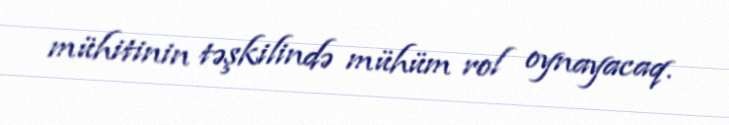
mühitinin təşkilində mühüm rol oynayacaq.